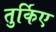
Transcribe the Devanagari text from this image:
तुर्किए